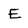
Character: E